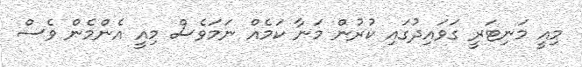
މިއީ މަނިޓަރީ ގަވައިދުގައި ކުރުން މަނާ ކަމެއް ނަމަވެސް މިއީ އެންމެން ވެސް